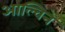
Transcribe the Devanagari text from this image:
आल्विन